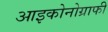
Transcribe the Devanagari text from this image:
आइकोनोग्राफी